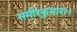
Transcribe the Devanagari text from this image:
समीरकुमारा।